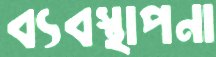
ব্যবস্থাপনা